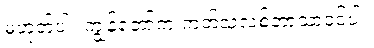
မဟုတ်ပါ။ ကျွန်တော်က ကတ်သလစ်ဘာသာဝင်ပါ။